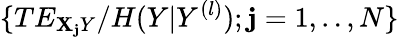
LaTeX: \{ TE_{\mathbf{X}_{\mathbf{j}}Y}/H(Y|Y^{(l)});\mathbf{j}=1,..,N\}